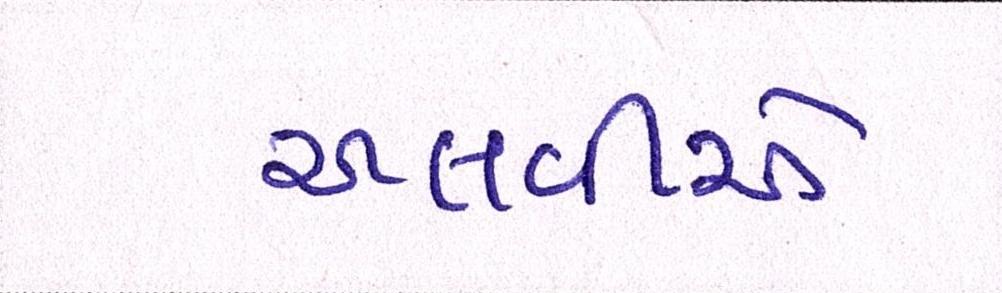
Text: અલવીએ